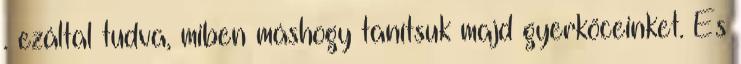
. ezáltal tudva, miben máshogy tanítsuk majd gyerkõceinket. És